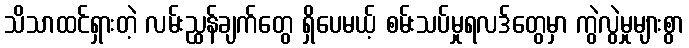
သိသာထင်ရှားတဲ့ လမ်းညွှန်ချက်တွေ ရှိပေမယ့် စမ်းသပ်မှုရလဒ်တွေမှာ ကွဲလွဲမှုများစွာ